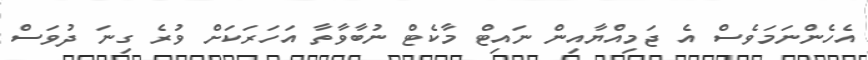
އެހެންނަމަވެސް އެ ޖަމިއްޔާއިން ނައިޓް މާކެޓް ނުބާވާތާ އަހަރަކަށް ވުރެ ގިނަ ދުވަސް